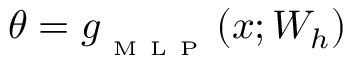
\theta = g _ { _ \mathrm { ~ M ~ L ~ P ~ } } ( x ; W _ { h } )